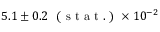
5 . 1 \pm 0 . 2 \ \mathrm { ~ ( ~ s ~ t ~ a ~ t ~ . ~ ) ~ } \times 1 0 ^ { - 2 }